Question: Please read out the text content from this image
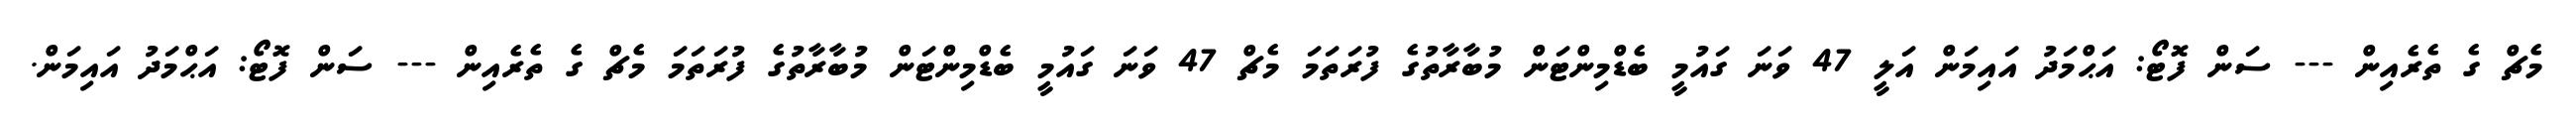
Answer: މެޗް ގެ ތެރެއިން --- ސަން ފޮޓޯ: އަޙްމަދު އައިމަން އަލީ 47 ވަނަ ގައުމީ ބެޑްމިންޓަން މުބާރާތުގެ ފުރަތަމަ މެޗް 47 ވަނަ ގައުމީ ބެޑްމިންޓަން މުބާރާތުގެ ފުރަތަމަ މެޗް ގެ ތެރެއިން --- ސަން ފޮޓޯ: އަޙްމަދު އައިމަން.